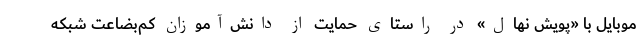
موبایل با «پویش نهال» در راستای حمایت از دانش‌آموزان کم‌بضاعت شبکه